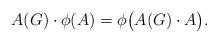
LaTeX: \begin{align*}A(G)\cdot \phi(A)=\phi\bigl(A(G)\cdot A\bigr).\end{align*}